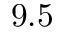
9 . 5